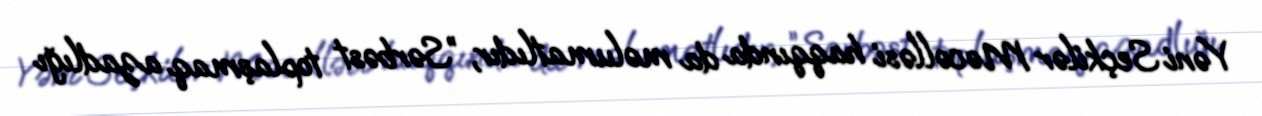
Yəni Seçkilər Məcəlləsi haqqında da məlumatlıdır, ”Sərbəst toplaşmaq azadlığı